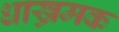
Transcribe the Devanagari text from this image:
धाख्रमक